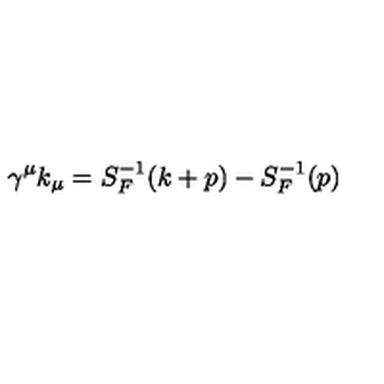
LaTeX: \gamma ^ { \mu } k _ { \mu } = S _ { F } ^ { - 1 } ( k + p ) - S _ { F } ^ { - 1 } ( p )